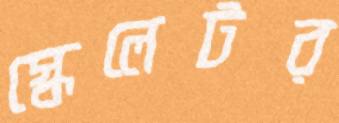
স্কেলেটর